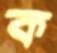
ক